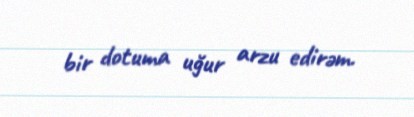
bir dotuma uğur arzu edirəm.